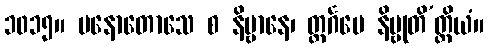
၁၀၁၅။ မနောတောသေ စ နိဗ္ဗာနေ၊ တ္ထင်္ဂမေ နိဗ္ဗုတိ’တ္ထိယံ။